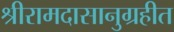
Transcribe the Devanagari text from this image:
श्रीरामदासानुग्रहीत